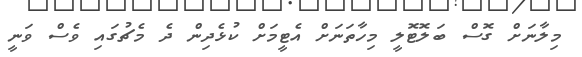
މިލާނަށް ގޮސް ބަލޮޓޮލީ މިހާތަނަށް އެޓީމަށް ކުޅެދިން ދެ މެޗުގައި ވެސް ވަނީ